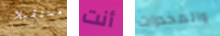
مستقبلا أنت والمخدرات